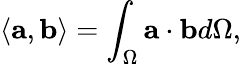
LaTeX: \langle\mathbf{a},\mathbf{b}\rangle=\int_{\Omega}\mathbf{a}\cdot\mathbf{b}d\Omega,